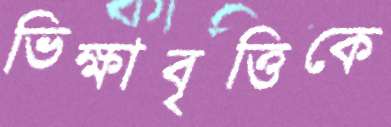
ভিক্ষাবৃত্তিকে